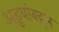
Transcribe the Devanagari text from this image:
अड्डयांबद्दल